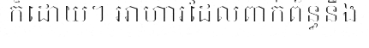
ក៏ដោយ។ អាហារដែលពាក់ព័ន្ធនឹង